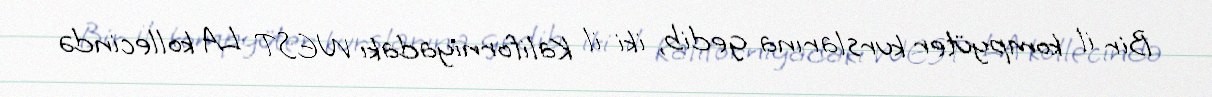
Bir il kompyüter kurslarına gedib, iki il Kaliforniyadakı WEST LA kollecində